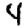
Digit: 4